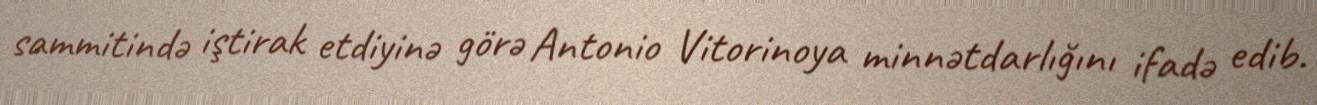
sammitində iştirak etdiyinə görə Antonio Vitorinoya minnətdarlığını ifadə edib.